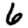
Digit: 6